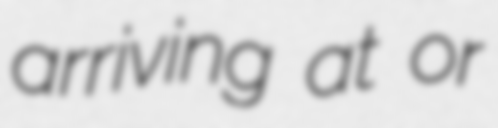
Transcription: arriving at or